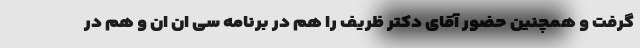
گرفت و همچنین حضور آقای دکتر ظریف را هم در برنامه سی ان ان و هم در